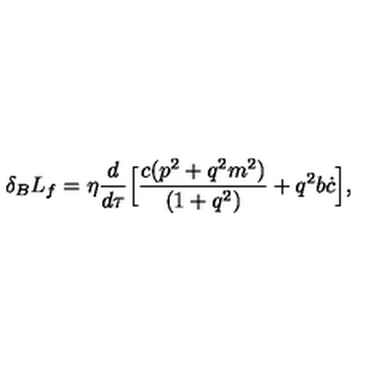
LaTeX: \delta _ { B } L _ { f } = \eta \frac { d } { d \tau } \Bigl [ \frac { c ( p ^ { 2 } + q ^ { 2 } m ^ { 2 } ) } { ( 1 + q ^ { 2 } ) } + q ^ { 2 } b \dot { c } \Bigr ] ,